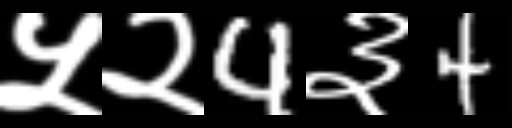
Text: ५२4३4